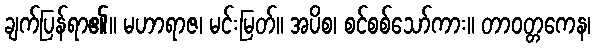
ချက်ပြန်ရာ၏။ မဟာရာဇ၊ မင်းမြတ်။ အပိစ၊ စင်စစ်သော်ကား။ တာဝတ္တကေန၊